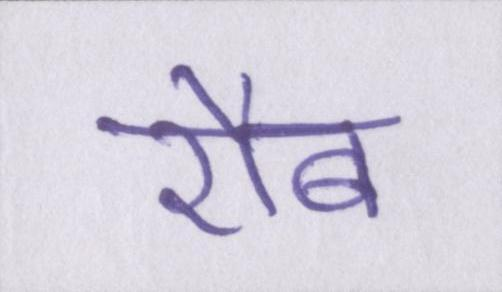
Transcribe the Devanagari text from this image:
रौब